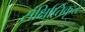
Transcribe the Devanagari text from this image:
संक्षिप्तिकृत